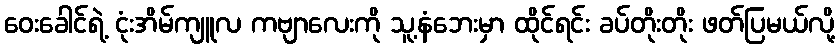
ဝေးခေါင်ရဲ့ ငုံးအိမ်ကျူလ ကဗျာလေးကို သူ့နံဘေးမှာ ထိုင်ရင်း ခပ်တိုးတိုး ဖတ်ပြမယ်လို့